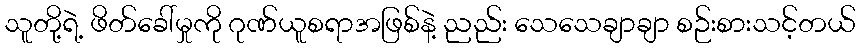
သူတို့ရဲ့ ဖိတ်ခေါ်မှုကို ဂုဏ်ယူစရာအဖြစ်နဲ့ ညည်း သေသေချာချာ စဉ်းစားသင့်တယ်